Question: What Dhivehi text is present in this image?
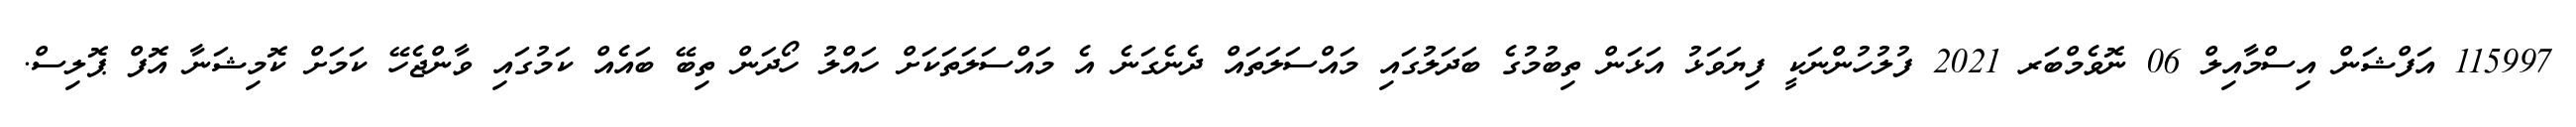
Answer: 115997 އަފްޝަން އިސްމާއިލް 06 ނޮވެމްބަރ 2021 ފުލުހުންނަކީ ފިޔަވަޅު އަޅަން ތިބުމުގެ ބަދަލުގައި މައްސަލަތައް ދެނެގަނެ އެ މައްސަލަތަކަށް ހައްލު ހޯދަން ތިބޭ ބައެއް ކަމުގައި ވާންޖެހޭ ކަމަށް ކޮމިޝަނާ އޮފް ޕޮލިސް.